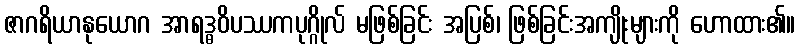
ဇာဂရိယာနုယောဂ အာရဒ္ဓဝိပဿကပုဂ္ဂိုလ် မဖြစ်ခြင်း အပြစ်၊ ဖြစ်ခြင်းအကျိုးများကို ဟောထား၏။